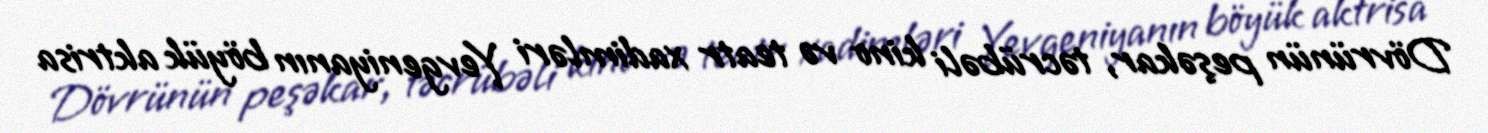
Dövrünün peşəkar, təcrübəli kino və teatr xadimləri Yevgeniyanın böyük aktrisa